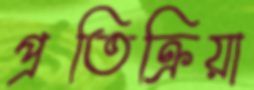
প্রতিক্রিয়া